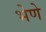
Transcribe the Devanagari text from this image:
भेणे